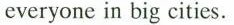
everyone in big cities.